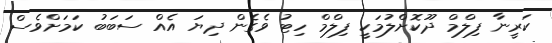
ކަރީނާ ފިލްމް ދޫކޮށްލުމަކީ ފިލްމް ހިޓު ވެގެން ދިޔަ އެއް ސަބަބު ކަމަށްވެސް